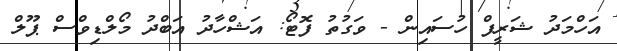
އަހްމަދު ޝަރީފް ހުސައިން - ވަގުތު ފޮޓޯ: އަޝްހާދު އަބްދު މޯލްޑިވްސް ޕޫލް